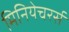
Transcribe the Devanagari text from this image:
मिनियेचरर्स